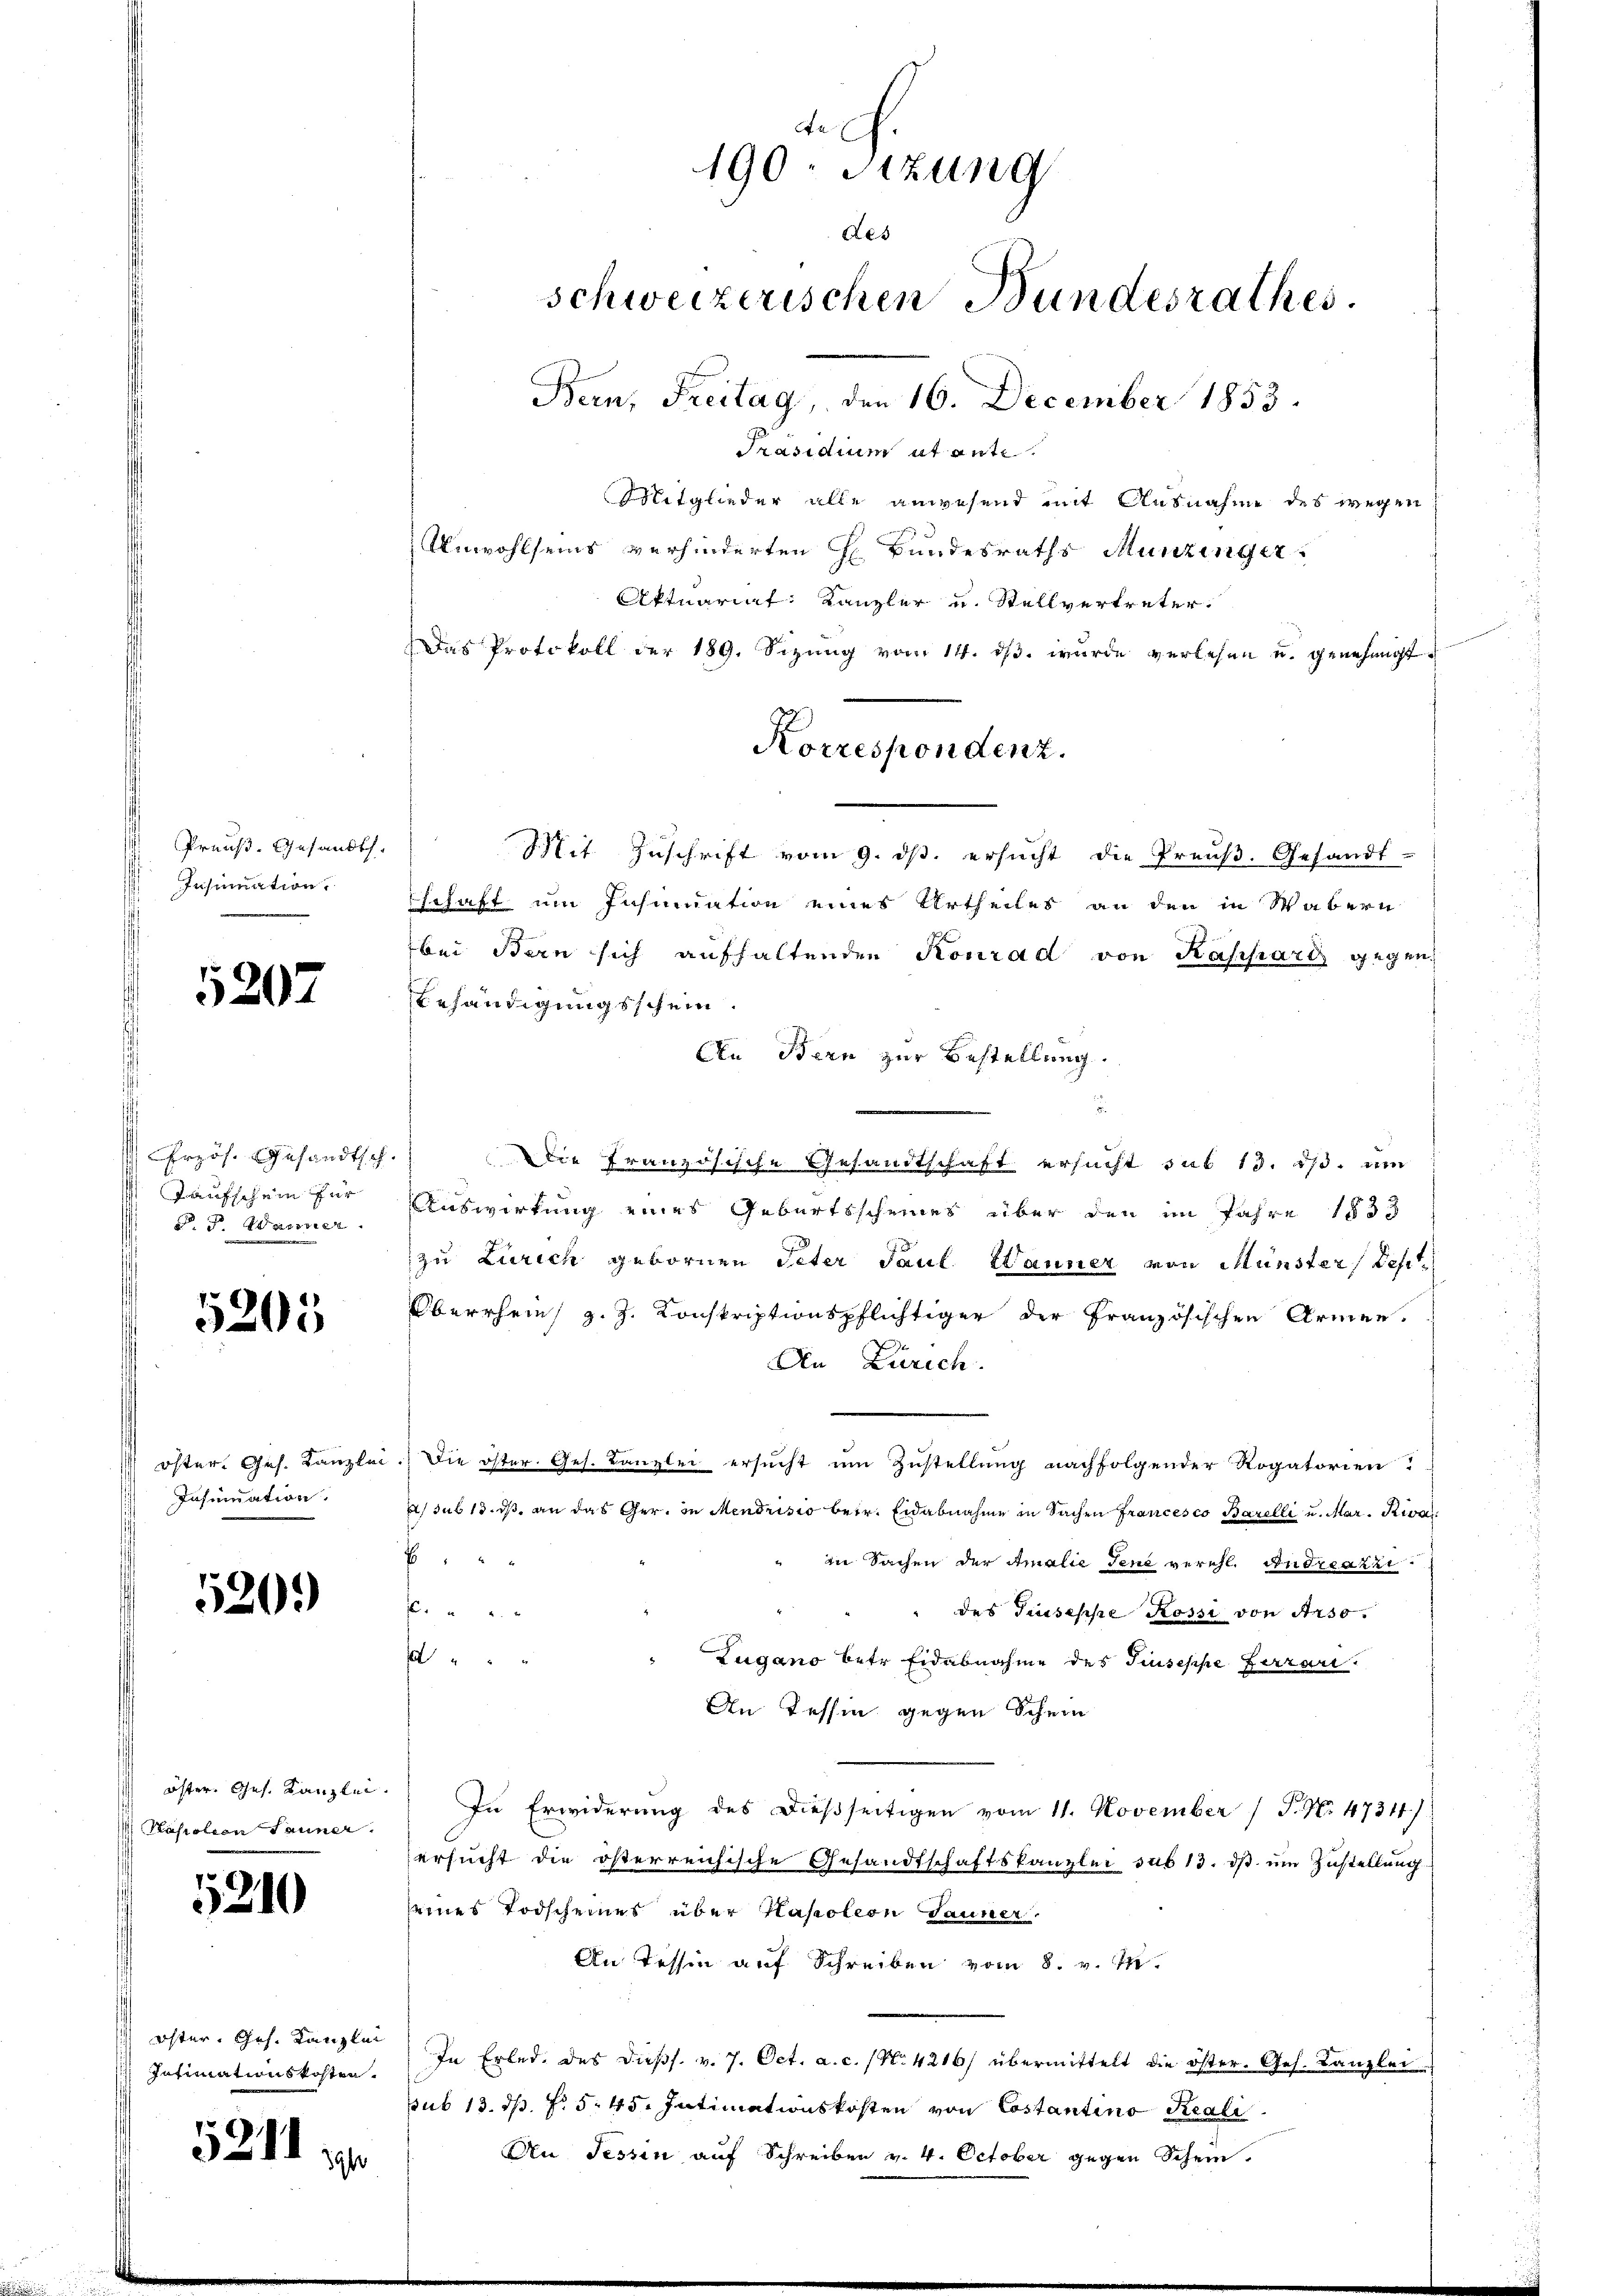
Preuß. Gesandt.
Insinuation

5207

VErzös. Gesandtsch.
Taufschein für
§. 5. Wanner

5205

dangen
Infundation

520.)

öster. Ges. Kanzlei.
) Karolion Sauner

5210

öster, Ges. Kanzlei
Intimationskosten.

5211. 10.

Aa
190 Sitzung
Res
schweizerischen Bundesrathes.
Bern, Freitag, den 16. December 1853.

Präsidium ut ant
Mitglieder alle anwesend mit Ausnahme des wegen
Anwohlseins verhinderten H. Bundesraths Munzinger
Aktuariat Kanzler u. Stellvertreter.
Das Protokoll der 189. Sizŭng vom 14. dβ. wurde verlesen u. genehmigt.
Mit Zuschrift vom 9. ds. ersucht die Preuß. Gesandt-
schaft um Insinuation eines Urtheiles an den in Wabern
bei Bern sich aufhaltenden Konrad von Kassard gegen
Behändigungsschein
An Bern zur Bestellung.
.
Die Französische Gesandtschaft ersucht sub 13. ds. um
Auswirkung eines Geburtsscheines über den im Jahre 1833
zu Zürich gebornen Peter Paul Stauner von Münster, Test
Oberrhein, z. Z. Konskriptionspflichtiger der Französischen Armen.
An Zürich
 Die öster. Ges. Kanzlei ersucht um Zustellung nachfolgender Rogatorien
/ sub 13. ds. an das Ger. in Mendrisio betr. Eidabnahme in Sachen Francesco Barelli u. Mar. Riva
f
in Sachen der Amalie Jene verehl. Andreazzi.

des Guseppe Rossi von Arso¬

Lugano betr. Eidabnahme des Giuseppe Garan.
An Tessin gegen Schein
In Erwiderung des dießseitigen vom 11. November 1 S. Nr. 47311)
ersucht die österreichische Gesandtschaftskanzlei sub 13. dβ ŭm Zustellung
eines Todscheines über Hapoleon Jauner
An Tessin auf Schreiben vom 8. v. M.
In Erlede des Diess. v. 7. Oct. a. c. (N. 4216/ übermittelt die öster. Ges. Kanzlei
sub 13. ds. f. 545. Intimationskosten von Costantino Reali
An Tessin auf Schreiben v. 4. October gegen Schein,

Korrespondenz.